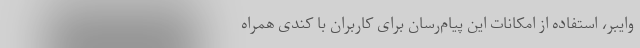
وایبر، استفاده از امکانات این پیام‌رسان برای کاربران با کندی همراه